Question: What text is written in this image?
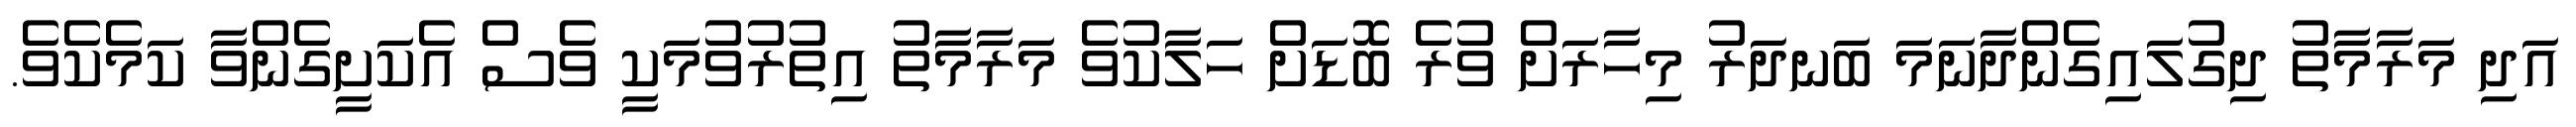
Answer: އަދި މަރާމާތު ދިގުލައިގެންދާނަމަ ބަނދަރު މިހާރަށް ވުރެ ބޮޑަށް ހަލާކުވެ މަރާމާތު އިތުރުވުމަކީ ވެސް އެކަށީގެންވާ ކަމެކެވެ.